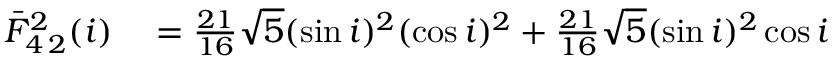
\begin{array} { r l } { \bar { F } _ { 4 \, 2 } ^ { 2 } ( i ) } & { { } = \frac { 2 1 } { 1 6 } \sqrt { 5 } ( \sin i ) ^ { 2 } ( \cos i ) ^ { 2 } + \frac { 2 1 } { 1 6 } \sqrt { 5 } ( \sin i ) ^ { 2 } \cos i } \end{array}